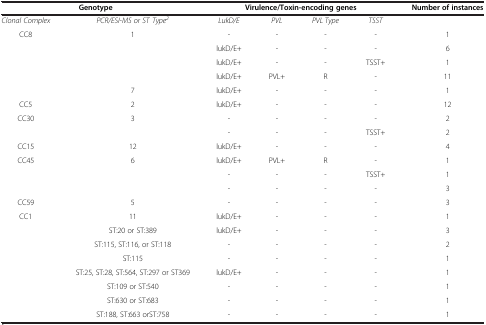
| <COLSPAN=2> Genotype | <COLSPAN=4> Virulence/Toxin-encoding genes | Number of instances |
 | --- | --- | --- | --- | --- | --- | --- |
 | Clonal Complex | PCR/ESI-MS or ST Type2 | LukD/E | PVL | PVL Type | TSST |  |
 | <ROWSPAN=5> CC8 | <ROWSPAN=4> 1 | - | - | - | - | 1 |
 | lukD/E+ | - | - | - | 6 |
 | lukD/E+ | - | - | TSST+ | 1 |
 | lukD/E+ | PVL+ | R | - | 11 |
 | 7 | lukD/E+ | - | - | - | 1 |
 | CC5 | 2 | lukD/E+ | - | - | - | 12 |
 | <ROWSPAN=2> CC30 | <ROWSPAN=2> 3 | - | - | - | - | 2 |
 | - | - | - | TSST+ | 2 |
 | CC15 | 12 | lukD/E+ | - | - | - | 4 |
 | <ROWSPAN=3> CC45 | <ROWSPAN=3> 6 | lukD/E+ | PVL+ | R | - | 1 |
 | - | - | - | TSST+ | 1 |
 | - | - | - | - | 3 |
 | CC59 | 5 | - | - | - | - | 3 |
 | CC1 | 11 | lukD/E+ | - | - | - | 1 |
 |  | ST:20 or ST:389 | lukD/E+ | - | - | - | 3 |
 |  | ST:115, ST:116, or ST:118 | - | - | - | - | 2 |
 |  | ST:115 | - | - | - | - | 1 |
 |  | ST:25, ST:28, ST:564, ST:297 or ST369 | lukD/E+ | - | - | - | 1 |
 |  | ST:109 or ST:540 | - | - | - | - | 1 |
 |  | ST:630 or ST:683 | - | - | - | - | 1 |
 |  | ST:188, ST:663 orST:758 | - | - | - | - | 1 |